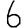
Digit: 6